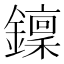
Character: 𨮍